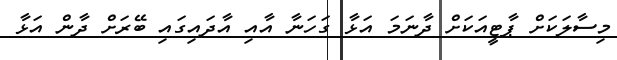
މިސާލަކަށް ޕާޓީއަކަށް ދާނަމަ އަޅާ ގަހަނާ އާއި އާދައިގައި ބޭރަށް ދާން އަޅާ